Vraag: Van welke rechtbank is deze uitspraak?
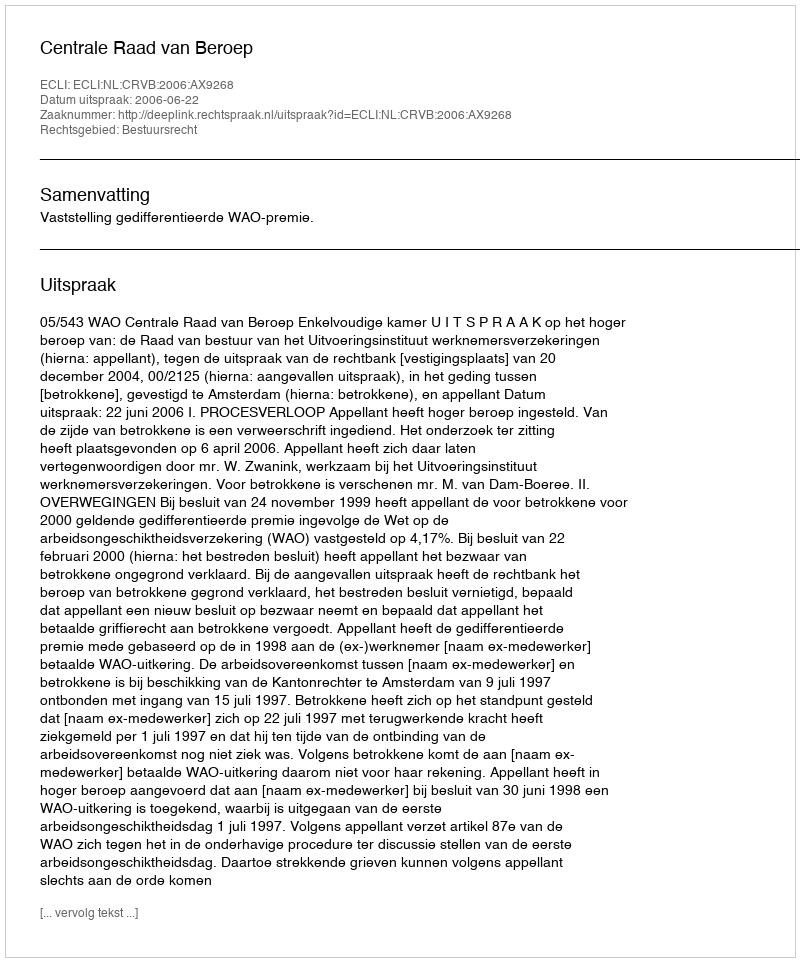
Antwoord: Centrale Raad van Beroep